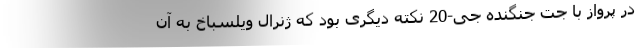
در پرواز با جت جنگنده جی-20 نکته دیگری بود که ژنرال ویلسباخ به آن